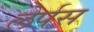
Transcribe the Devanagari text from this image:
लेर्पस